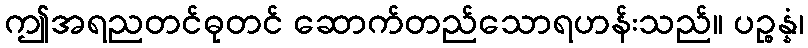
ဤအရညတင်ဓုတင် ဆောက်တည်သောရဟန်းသည်။ ပဉ္စန္နံ၊